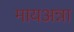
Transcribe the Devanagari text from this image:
मायअन्ना